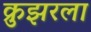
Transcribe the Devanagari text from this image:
क्रुझरला